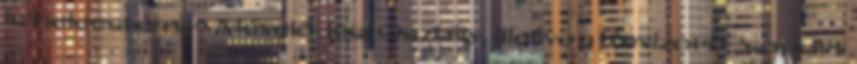
is beleestem. A Művelődési Osztály, illetve a Revizori Csoport